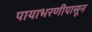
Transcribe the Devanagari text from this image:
पायाभरणीपासून